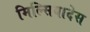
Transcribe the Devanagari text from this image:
मिल्सियादेस